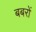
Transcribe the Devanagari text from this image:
बबरों